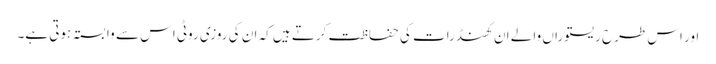
اور اس طرح ریستوراں والے ان کھنڈرات کی حفاظت کرتے ہیں کہ ان کی روزی روٹی اس سے وابستہ ہوتی ہے۔